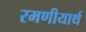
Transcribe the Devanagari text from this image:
रमणीयार्थ